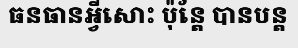
ធនធានអ្វីសោះ ប៉ុន្តែ បានបន្ត